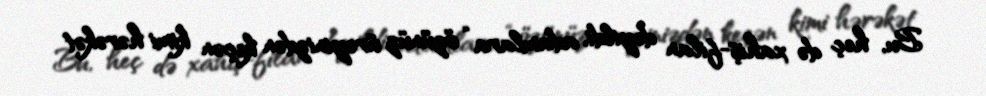
Bu, heç də xahiş-filan deyildi, adamlara “özünüz ürəyinizdən keçən kimi hərəkət